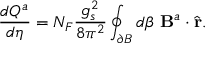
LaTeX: \frac { d Q ^ { a } } { d \eta } = N _ { F } \frac { g _ { s } ^ { 2 } } { 8 \pi ^ { 2 } } \oint _ { \partial B } d \beta \ { \bf B } ^ { a } \cdot \hat { \bf r } .